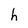
Character: h